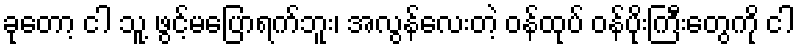
ခုတော့ ငါ သူ့ ဖွင့်မပြောရက်ဘူး၊ အလွန်လေးတဲ့ ဝန်ထုပ် ဝန်ပိုးကြီးတွေကို ငါ